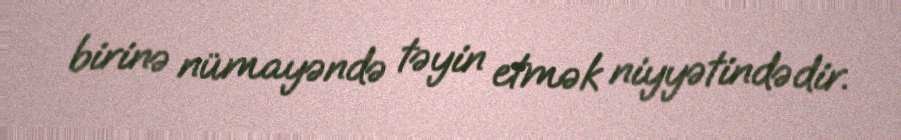
birinə nümayəndə təyin etmək niyyətindədir.